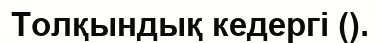
Толқындық кедергі ().